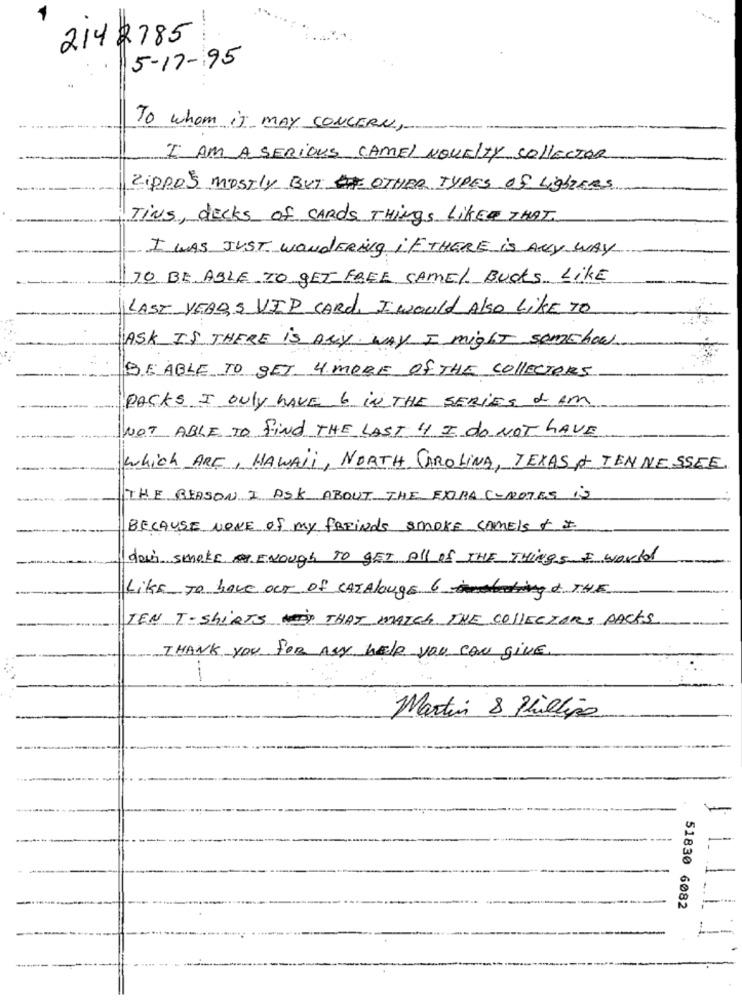
1
-
214 2785
5-17-95
To whom it MAY CONCERN,
I AM A SERIOUS CAMEL NOVELTY COLLECTOR
Zippo's mostly BUT OTHER TYPES Of LightERS
TiNS, decks of CARDS Things Like THAT
I WAS JUST wondering if THERE is ANY WAY
TO BE ABLE TO GET FREE SAME/ BUCKS Like
LAST YEAR, S VIP CARD. I would Also Like To
ASK IS THERE is ANY WAY I might somehow
BE ABLE TO SET 4 MORE of THE collectors
PACKS I ONLY HAVE 6 IN THE SERIES 2 AM
NOT ABLE TO FIND THE LAST H I do NOT HAVE
which ARE, HAWAII, NORTH CAROLINA, TEXAS & TENNESSEE,
THE REASON I ASK ABOUT THE EXORA C-NOTES is
BECAUSE NONE of my FREinds smoke CAMEls + +
down smoke a Enough TO GET All of THE THINGS I would
Like To have OUT of CATALougE 6 THE
TEN T-SHIRTS THAT MATCH THE COLLECTORS PACKS
THANK You FOR Asy hele you CAN give.
Martin & Phillipo
-
-.
51830 6082